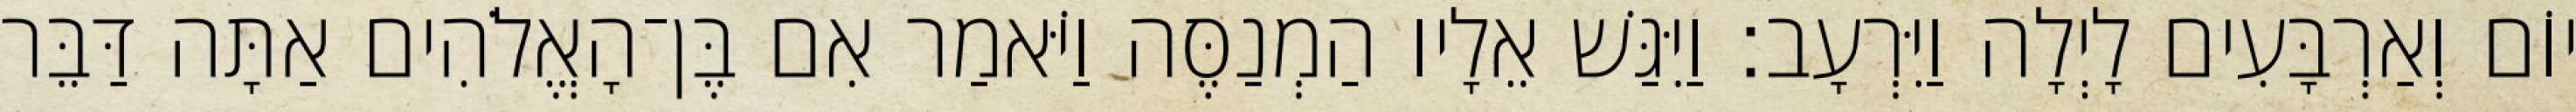
יוֹם וְאַרְבָּעִים לָיְלָה וַיִּרְעָב׃ וַיִּגַּשׁ אֵלָיו הַמְנַסֶּה וַיֹּאמַר אִם בֶּן־הָאֱלֹהִים אַתָּה דַּבֵּר